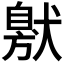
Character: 𤠩